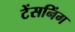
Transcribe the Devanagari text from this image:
टेंसनिंग